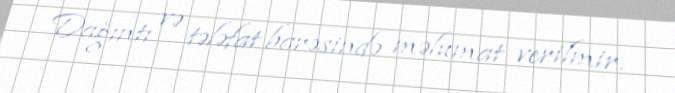
Dağıntı və tələfat barəsində məlumat verilmir.